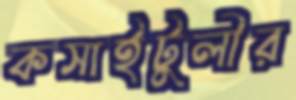
কসাইটুলীর